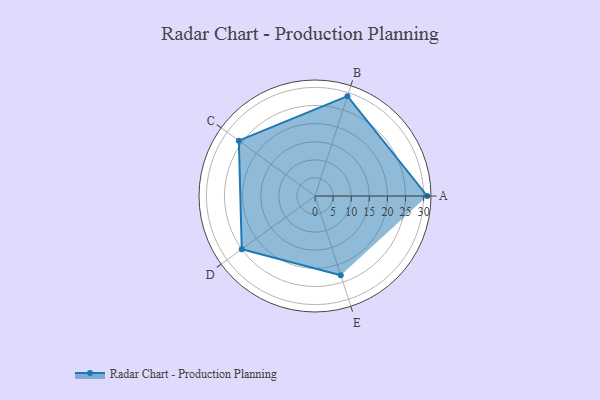
{"axis": {"x": "Skill", "y": "Score"}, "legend": ["Profile"], "data": [{"x": "A", "y": 31.0, "type": "Profile"}, {"x": "B", "y": 29.0, "type": "Profile"}, {"x": "C", "y": 26.0, "type": "Profile"}, {"x": "D", "y": 25.0, "type": "Profile"}, {"x": "E", "y": 23.0, "type": "Profile"}]}